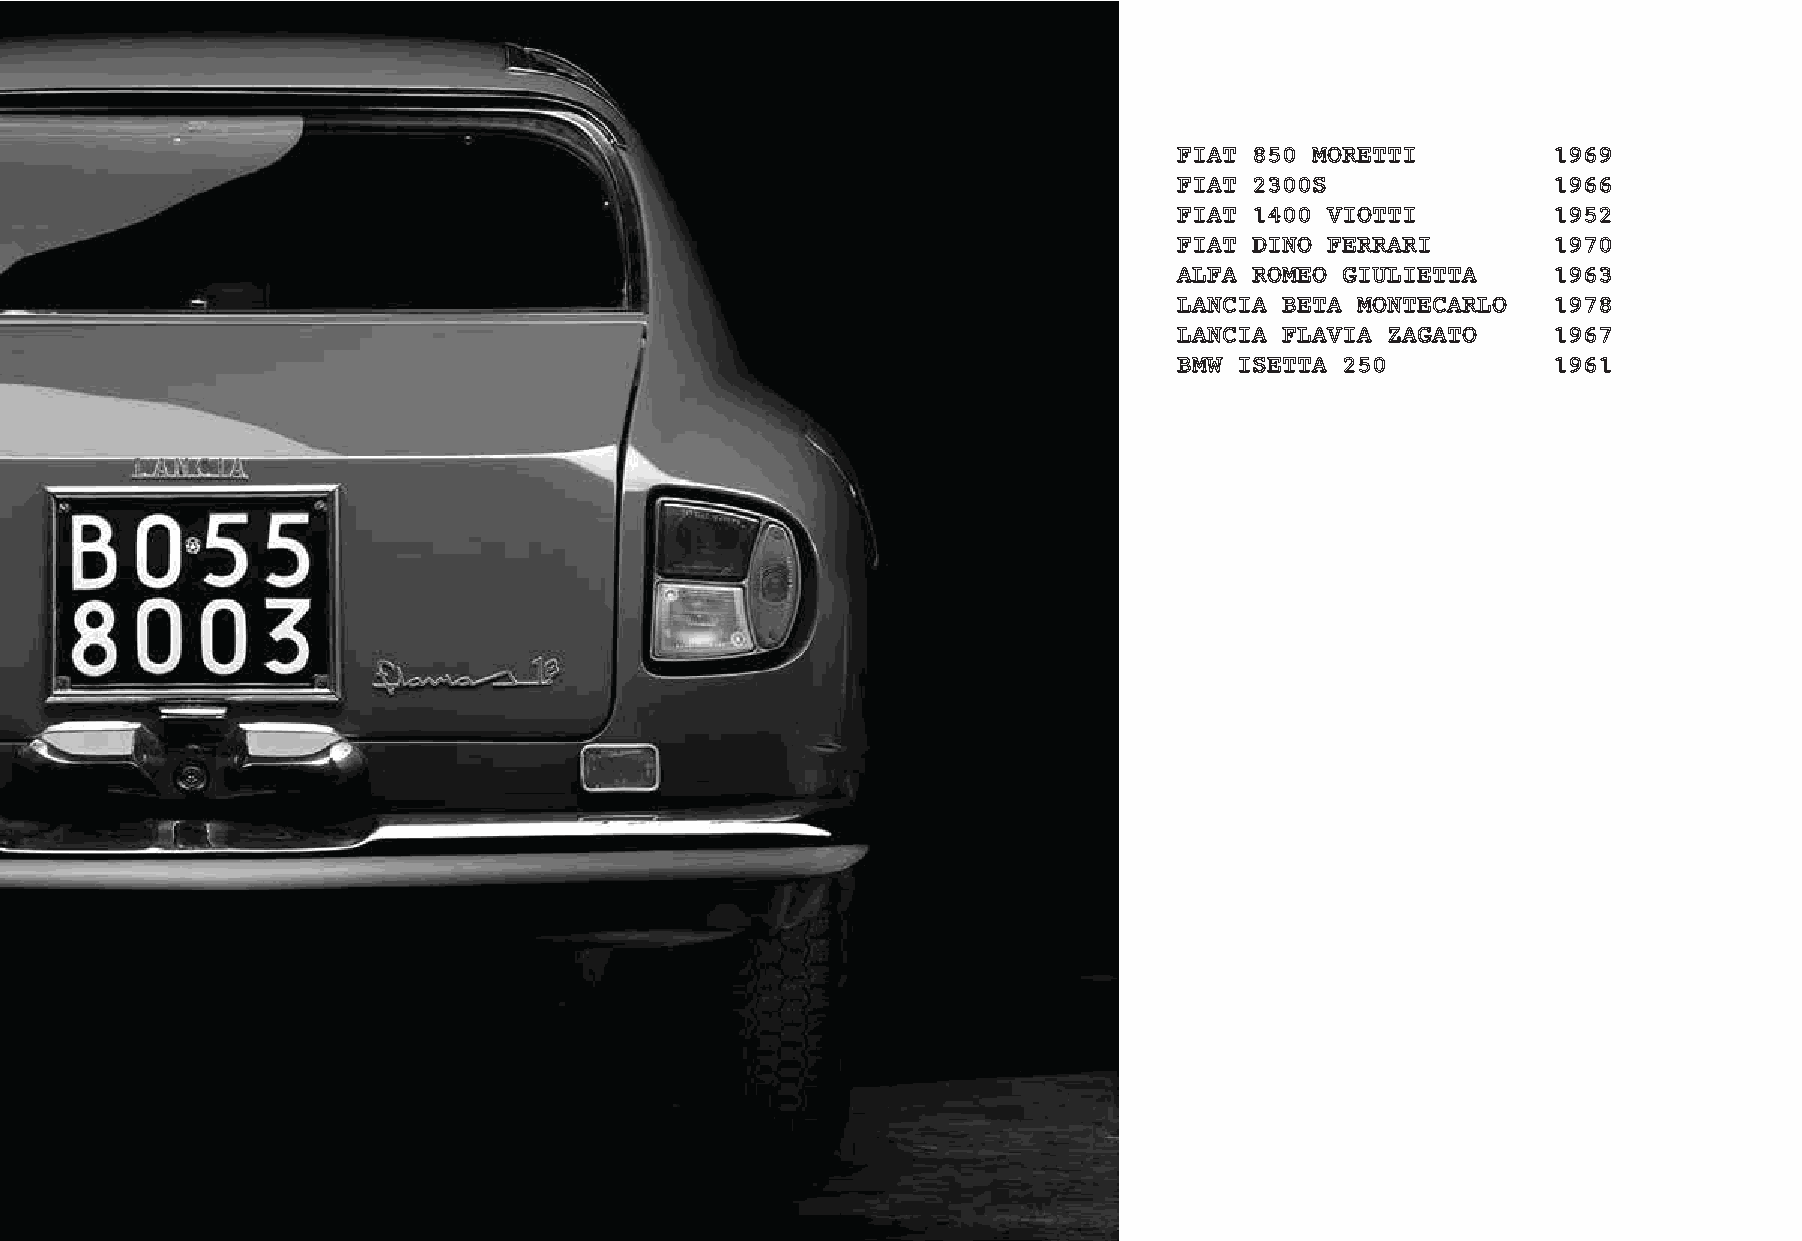
FIAT 850 MORETTI         1969
 FIAT 2300S               1966
 FIAT 1400 VIOTTI         1952
 FIAT DINO FERRARI        1970
 ALFA ROMEO GIULIETTA     1963
 LANCIA BETA MONTECARLO   1978
 LANCIA FLAVIA ZAGATO     1967
 BMW ISETTA 250           1961